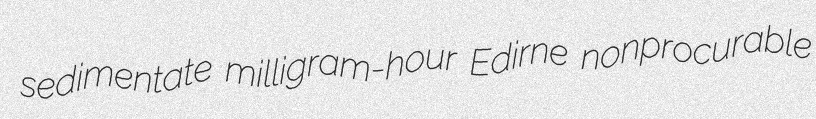
sedimentate milligram-hour Edirne nonprocurable